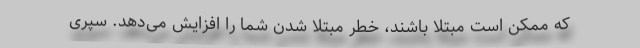
که ممکن است مبتلا باشند، خطر مبتلا شدن شما را افزایش می‌دهد. سپری